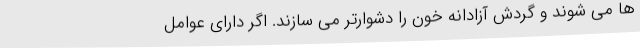
ها می شوند و گردش آزادانه خون را دشوارتر می سازند. اگر دارای عوامل